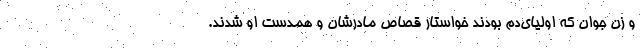
و زن جوان که اولیای‌دم بودند خواستار قصاص مادرشان و همدست او شدند.